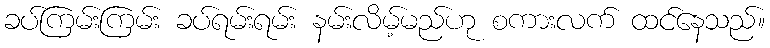
ခပ်ကြမ်းကြမ်း ခပ်ရမ်းရမ်း နမ်းလိမ့်မည်ဟု စကားလက် ထင်နေသည်။